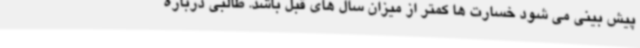
پیش بینی می شود خسارت ها کمتر از میزان سال های قبل باشد. طالبی درباره